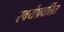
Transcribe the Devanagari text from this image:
स्वयंप्रवर्तित